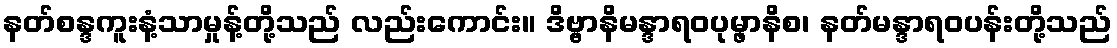
နတ်စန္ဒကူးနံ့သာမှုန့်တို့သည် လည်းကောင်း။ ဒိဗ္ဗာနိမန္ဒာရဝပုမ္ဖာနိစ၊ နတ်မန္ဒာရဝပန်းတို့သည်